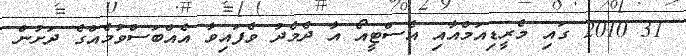
31 2010 ގައި މެރީޑިއަމްއާއި އެސްޓީއޯ އާ ދެމެދު ވެފައިވާ އެއްބަސްވުމެއްގެ ދަށުން